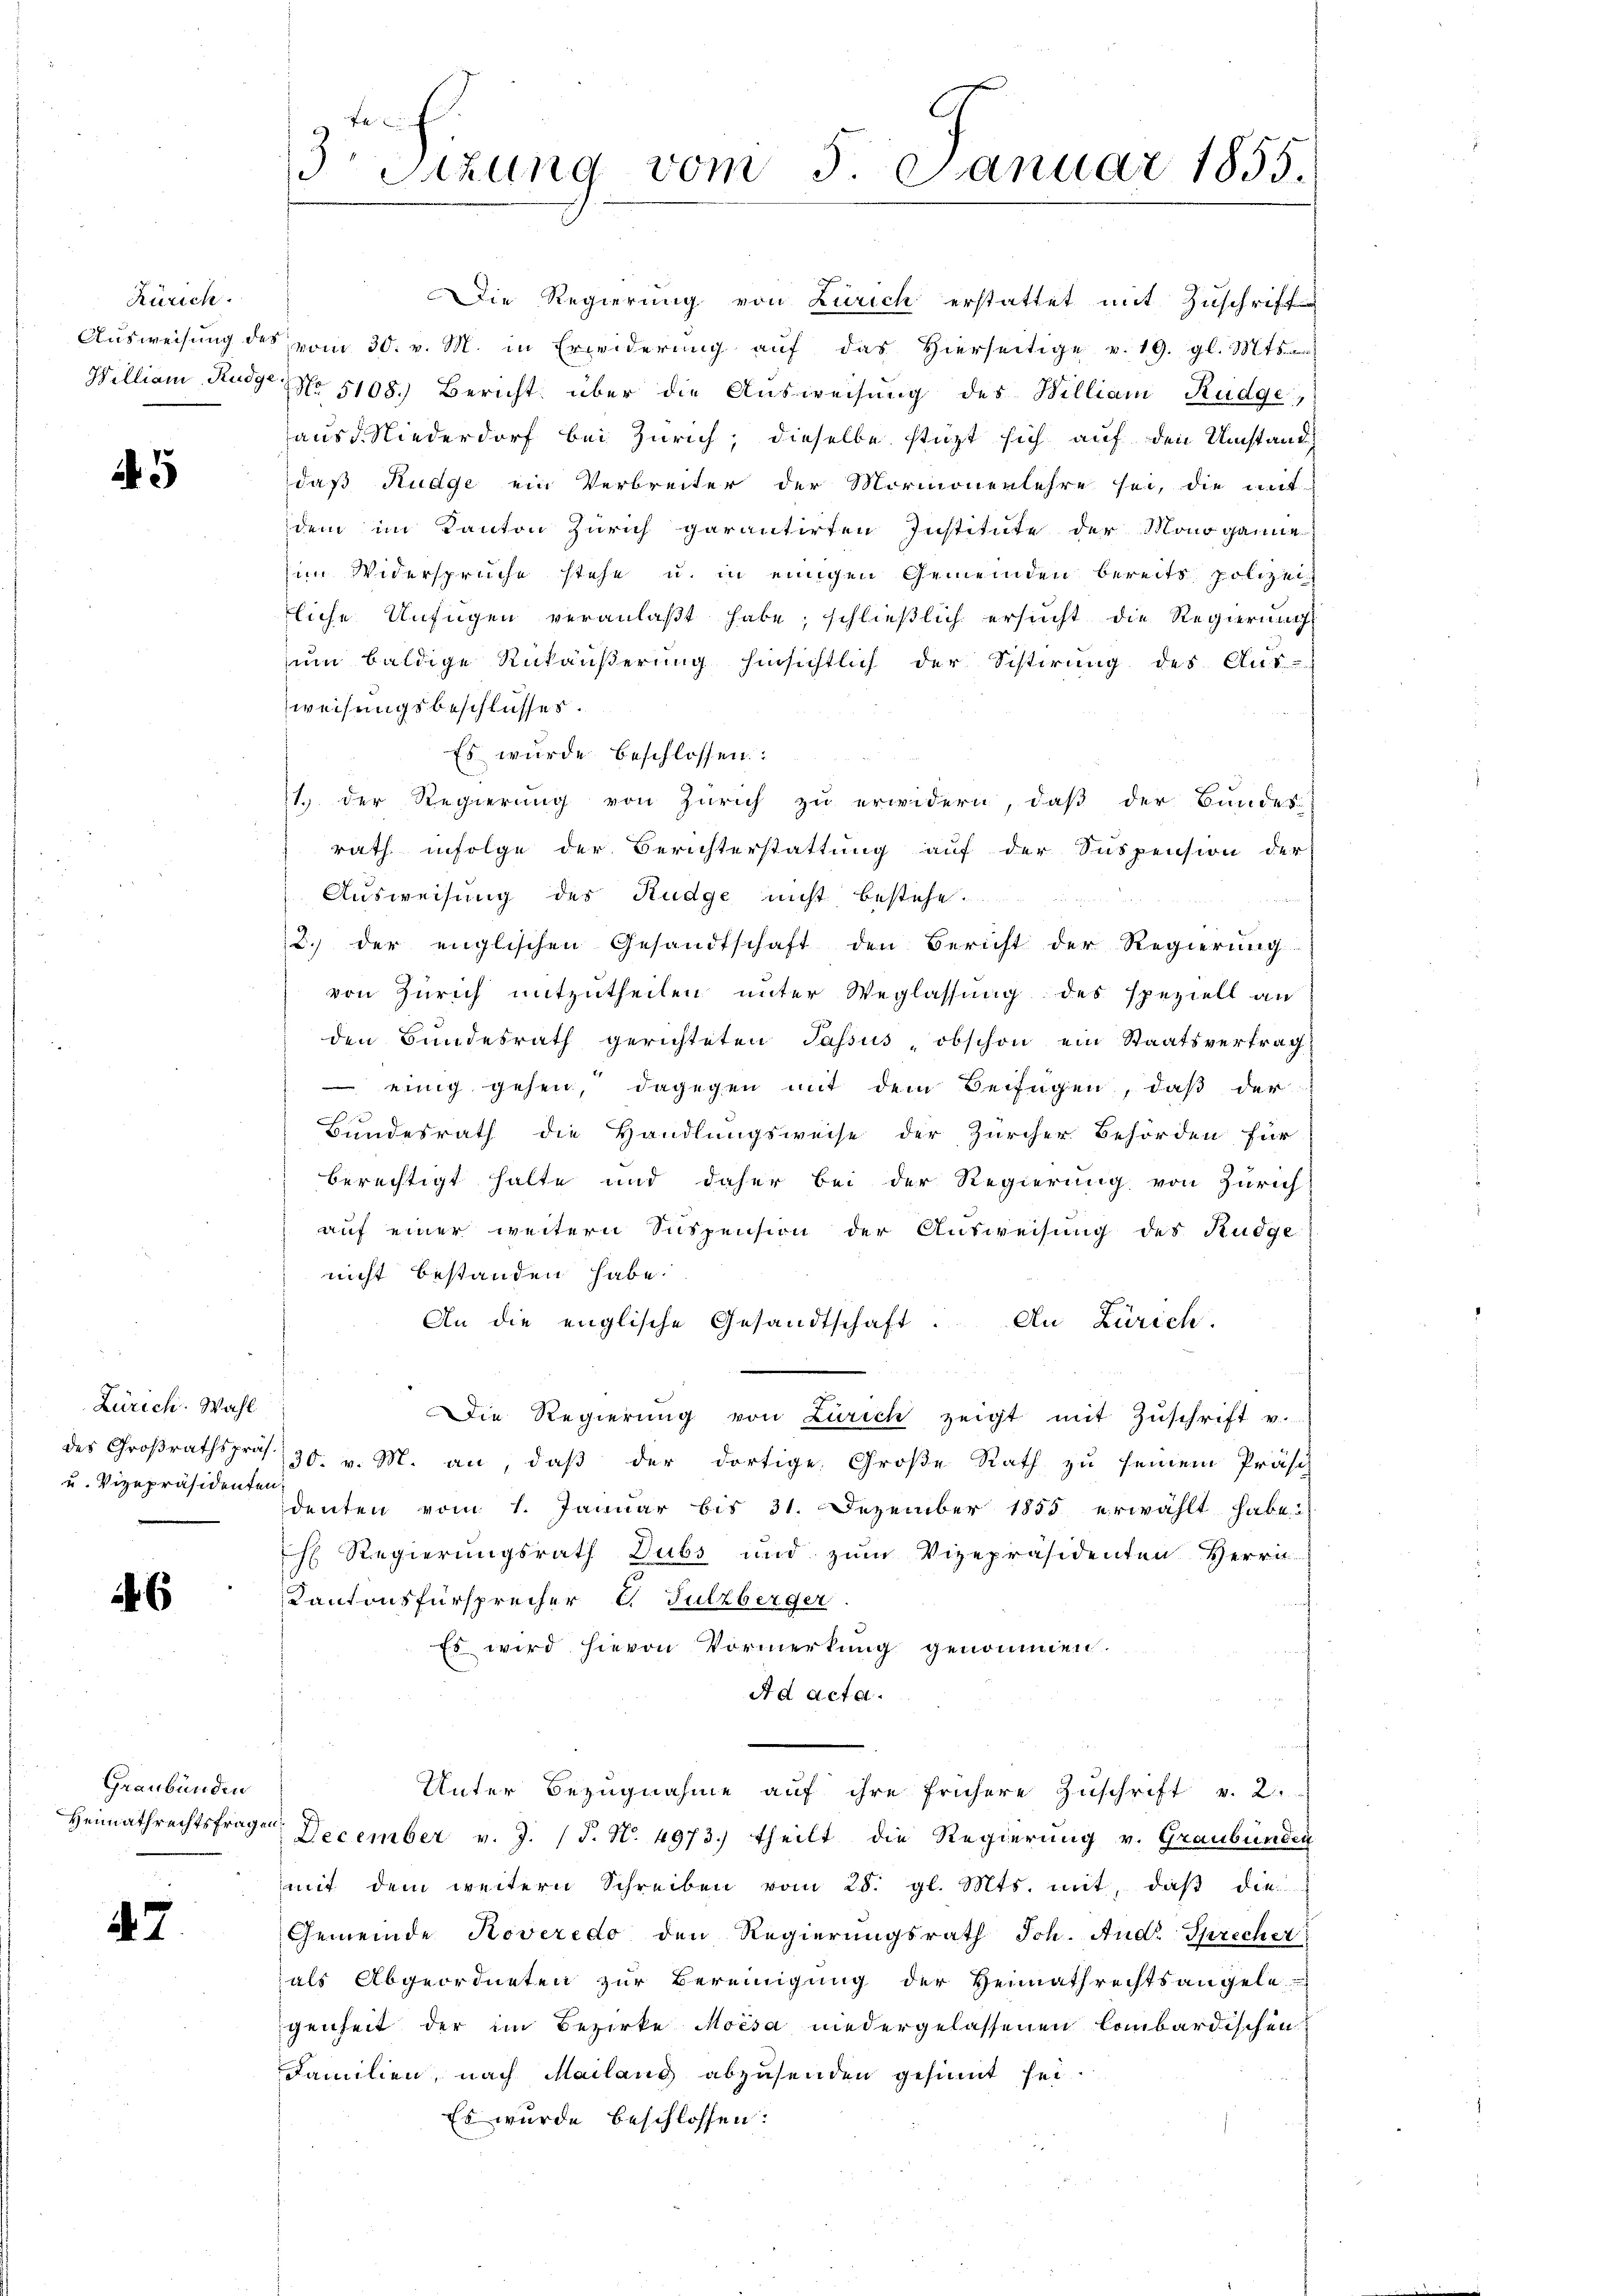
Zürich.

5

Zürich. Wahl
u. Vizepräsidenten

6

Graubünden
Heimathrechtsfragen

47

Die Regierung von Zürich erstattet mit Zuschrifte
Ausweisung des vom 30. v. M. in Erwiderung auf das hierseitige v. 19. gl. Mts
William Radge No 5108.) Bericht über die Aŭsweisŭng des William Rudge,
ausd. Niederdorf bei Zürich, dieselbe stüzt sich auf den Umstand
daß Rudge ein Verbreiter der Mormonenlehre sei, die mit
dem im Kanton Zürich garantirten Institute der Monoganne
im Widersprüche stehe u. in einigen Gemeinden bereits polizei
liche Unfügen veranlaßt habe; schließlich ersucht die Regierung
um baldige Rükäußerung hinsichtlich der Sistirung des Aus-
weisungsbeschlusses.
Es wurde beschlossen:
11. Der Regierung von Zürich zu erwidern, daß der Bundes-
rath infolge der Berichterstattung auf der Suspension der
Ausweisung des Rudge nicht bestehe.
2. der englischen Gesandtschaft den Bericht der Regierung
von Zürich mitzutheilen unter Weglassung des speziell an
den Bundesrath gerichteten Passus, obschon ein Staatsvertrag
 einig gehen, dagegen mit dem Beifügen, daß der
Bundesrath die Handlungsweise der Zürcher Behörden für
berechtigt halte und daher bei der Regierung von Zürich
auf einer weitern Suspension der Ausweisung des Rüege
nicht bestanden habe.
An die englische Gesandtschaft. An Zürich.
Die Regierŭng von Zürich zeigt mit Zŭschrift v.
des Großrathspräs. 30. v. M. an, daß der dortige Große Rath zu seinem Präsi
denten vom 1. Januar bis 31. Dezember 1855 erwählt habe.
h Regierungsrath Dubs und zum Vizepräsidenten Herrn
Kantonsfürsprecher C. Sulzberger.
Es wird hievon Vormerkung genommen.
Ad acta.
Unter Bezugnahme auf ihre frühere Zuschrift v. 2.
December v. J. (T. N. 4973.) theilt die Regierung v. Graubünden
mit dem weitern Schreiben vom 28. gl. Mts. mit, daβ die
Gemeinde Roveredo den Regierungsrath Joh. And. Sprecher
als Abgeordneten zur Bereinigung der Heimathrechtsangele
genheit der im Bezirke Moisa niedergelassenen lombardischen
Familien, nach Mailang abzusenden gesinnt sei.
Es wurde beschlossen:

3o Sizung vom 5. Januar 1855.